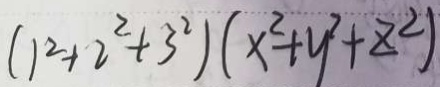
( 1 ^ { 2 } + 2 ^ { 2 } + 3 ^ { 2 } ) ( x ^ { 2 } + y ^ { 2 } + z ^ { 2 } )